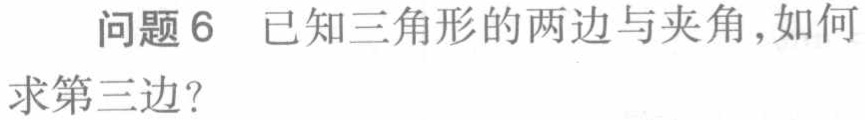
问题6 已知三角形的两边与夹角,如何求第三边?